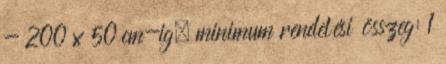
- 200 x 50 cm-ig, minimum rendelési összeg: 1